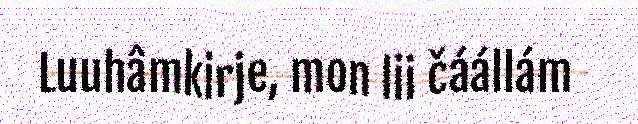
Luuhâmkirje, mon lii čáállám